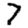
Digit: 7